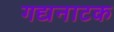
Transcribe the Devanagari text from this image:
गद्यनाटक